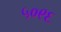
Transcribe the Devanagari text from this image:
५०९६